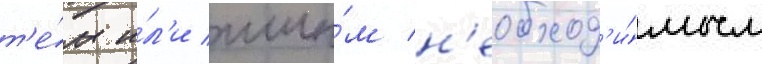
т'е́м и́л'и ины́м н'еобход'и́мым